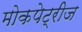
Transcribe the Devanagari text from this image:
मोकपेट्रीज